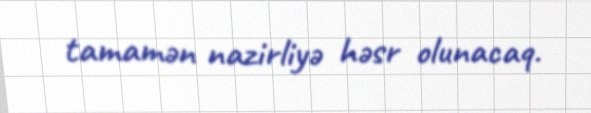
tamamən nazirliyə həsr olunacaq.